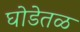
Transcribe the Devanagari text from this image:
घोडेतळ